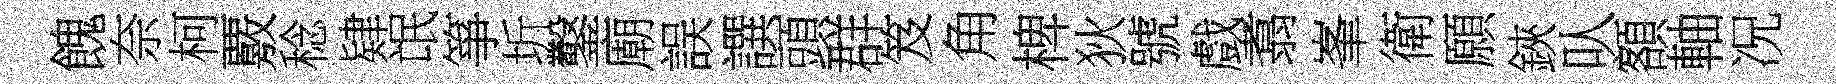
餽奈柯覈稔肄氓箏圻鑿廟誤譔頭群笈角椑狄號戲翥峯衛願鋏㕥額軸况